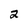
Character: 2